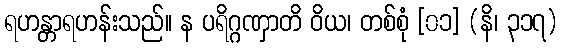
ရဟန္တာရဟန်းသည်။ န ပရိဂ္ဂဏှာတိ ဝိယ၊ တစ်စုံ [၀၁] (နိ၊ ၃၁၇)